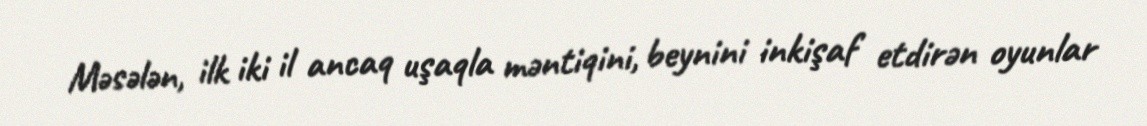
Məsələn, ilk iki il ancaq uşaqla məntiqini, beynini inkişaf etdirən oyunlar